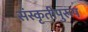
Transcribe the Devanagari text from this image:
संस्कृतीपुरूष